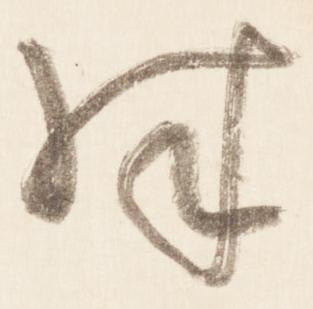
殊